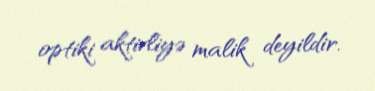
optiki aktivliyə malik deyildir.